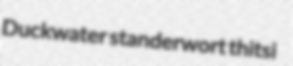
Duckwater standerwort thitsi